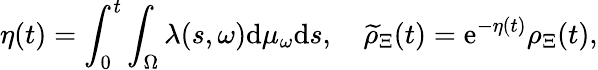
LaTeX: \eta(t)=\int_{0}^{t}\int_{\Omega}\lambda(s,\omega)\mathrm{d}\mu_{\omega}\mathrm{d}s,\quad\widetilde{{\rho}}_{\Xi}(t)=\mathrm{e}^{-\eta(t)}{\rho}_{\Xi}(t),